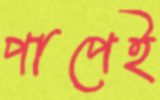
পাপেই